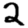
Digit: 2